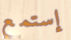
إستمع